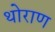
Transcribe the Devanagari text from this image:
थोराण